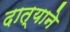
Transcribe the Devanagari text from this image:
दात्याने